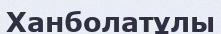
Ханболатұлы